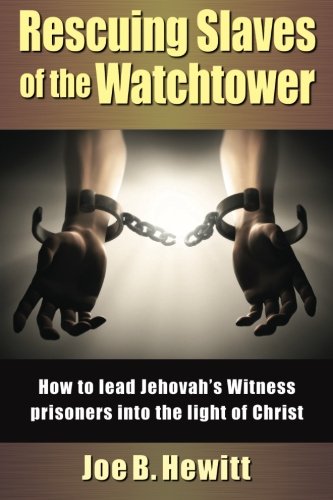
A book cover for Rescuing Slaves of the Watchtower: How to lead Jehovah's Witness prisoners into the light of christ; Joe B. Hewitt; Christian Books & Bibles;